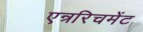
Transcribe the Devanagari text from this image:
एन्ररिचमेंट